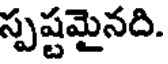
స్పష్టమైనది.